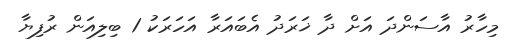
މިހާރު އާސަންދަ އަށް ދާ ޚަރަދު އެބައަރާ އަހަރަކު 1 ބިލިއަން ރުފިޔާ